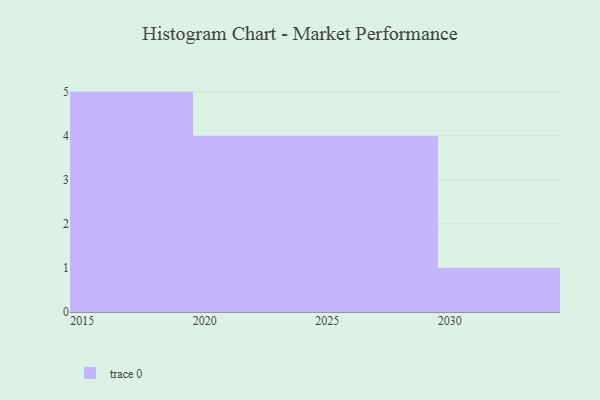
{"axis": {"x": "Year", "y": "Budget (USD K)"}, "legend": [""], "data": [{"x": "2029", "y": 97, "type": ""}, {"x": "2016", "y": 12, "type": ""}, {"x": "2024", "y": 44, "type": ""}, {"x": "2021", "y": 10, "type": ""}, {"x": "2018", "y": 51, "type": ""}, {"x": "2028", "y": 29, "type": ""}, {"x": "2020", "y": 35, "type": ""}, {"x": "2027", "y": 41, "type": ""}, {"x": "2030", "y": 63, "type": ""}, {"x": "2019", "y": 80, "type": ""}, {"x": "2017", "y": 70, "type": ""}, {"x": "2026", "y": 48, "type": ""}, {"x": "2015", "y": 61, "type": ""}, {"x": "2022", "y": 72, "type": ""}]}